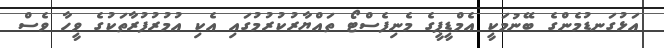
އަޅުގަނޑުމެންގެ ބޭނުމަކީ އެމްޑީޕީގެ މެނިފެސްޓޯ ތައްޔާރުކުރުމުގައި އެކި އުމުރުފުރާތަކުގެ ވީހާ ވެސް